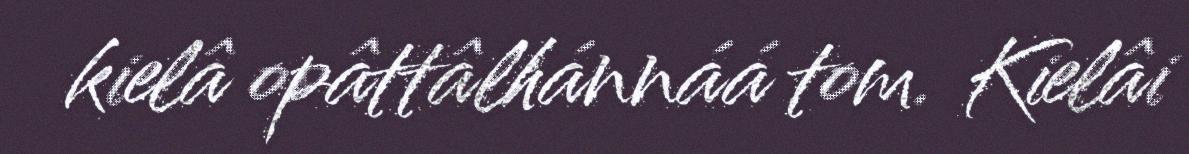
kielâ opâttâlhánnáá tom. Kielâi